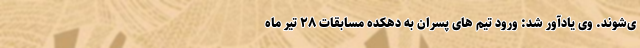
ی‌شوند. وی یادآور شد: ورود تیم های پسران به دهکده مسابقات ۲۸ تیر ماه